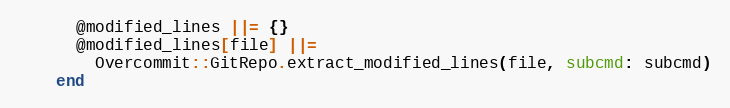
Language: Ruby
      @modified_lines ||= {}
      @modified_lines[file] ||=
        Overcommit::GitRepo.extract_modified_lines(file, subcmd: subcmd)
    end